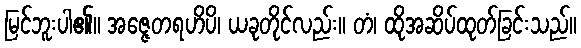
မြင်ဘူးပါ၏။ အဇ္ဇေတရဟိပိ၊ ယခုတိုင်လည်း။ တံ၊ ထိုအဆိပ်ထုတ်ခြင်းသည်။